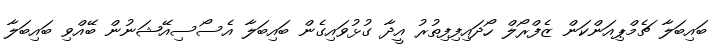
ބައިބަލާ ޗެމްޕިއަންކަން ޒެފްރޯލް ހޯދައިފިފިތުރު އީދާ ގުޅުވައިގެން ބައިބަލާ އެސޯސިއޭޝަނުން ބޭއްވި ބައިބަލާ